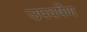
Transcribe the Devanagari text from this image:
उपवर्षेण